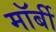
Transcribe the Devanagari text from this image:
मॉर्बी